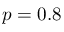
p = 0 . 8